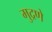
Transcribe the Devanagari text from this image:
मुद्रणे